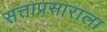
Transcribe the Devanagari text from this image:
सत्ताप्रसाराला